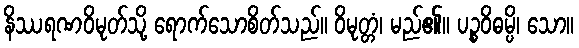
နိဿရဏဝိမုတ်သို့ ရောက်သောစိတ်သည်။ ဝိမုတ္တံ၊ မည်၏။ ပဉ္စဝိဓမ္ပိ၊ သော။